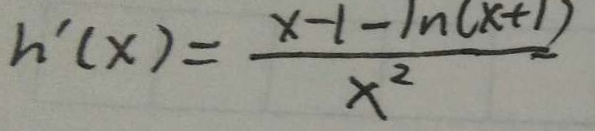
h ^ { \prime } ( x ) = \frac { x - 1 - 1 n ( x + 1 ) } { x ^ { 2 } }